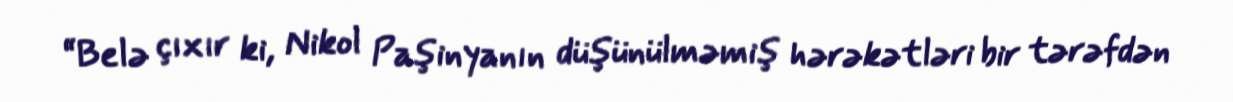
“Belə çıxır ki, Nikol Paşinyanın düşünülməmiş hərəkətləri bir tərəfdən